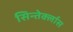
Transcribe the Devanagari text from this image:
सिन्तेर्क्लास